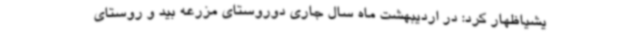
یشیاظهار کرد: در اردیبهشت ماه سال جاری دوروستای مزرعه بید و روستای